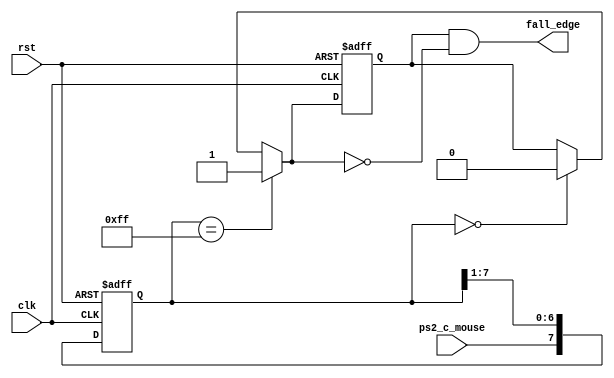
`timescale 1ns / 1ps
//////////////////////////////////////////////////////////////////////////////////
// Company: 
// Engineer: 
// 
// Design Name: 
// Module Name:    FiltroRuido8bits 
// Project Name: 
// Target Devices: 
// Tool versions: 
// Description: 
//
// Dependencies: 
//
// Revision: 
// Revision 0.01 - File Created
// Additional Comments: 
//
//////////////////////////////////////////////////////////////////////////////////
module FiltroRuido8bits(input rst, input clk, input ps2_c_mouse, output wire fall_edge);

reg [7:0] filter_reg;
wire [7:0] next_filter;
wire edge_c_next;
reg edge_c;


always @(negedge clk or posedge rst)
		if (rst)
			begin
				filter_reg <= 0;
				edge_c <= 0;
			end 
		else 
			begin
				filter_reg <= next_filter;
				edge_c <= edge_c_next;
			end
			
assign next_filter = {ps2_c_mouse,filter_reg[7:1]};

assign edge_c_next = (filter_reg == 8'b11111111) ? 1'b1 :
							(filter_reg == 8'b00000000) ? 1'b0 :	
							edge_c;
							
assign fall_edge = edge_c & !edge_c_next;

endmodule